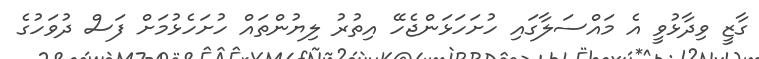
ގާޒީ ވިދާޅުވީ އެ މައްސަލާގައި ހުށަހަޅަންޖެހޭ އިތުރު ލިޔުންތައް ހުށަހެޅުމަށް ފަސް ދުވަހުގެ